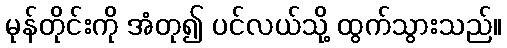
မုန်တိုင်းကို အံတု၍ ပင်လယ်သို့ ထွက်သွားသည်။